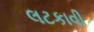
લટકાવી